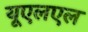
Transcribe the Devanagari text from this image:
यूएलएल